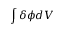
\int \delta \phi d V